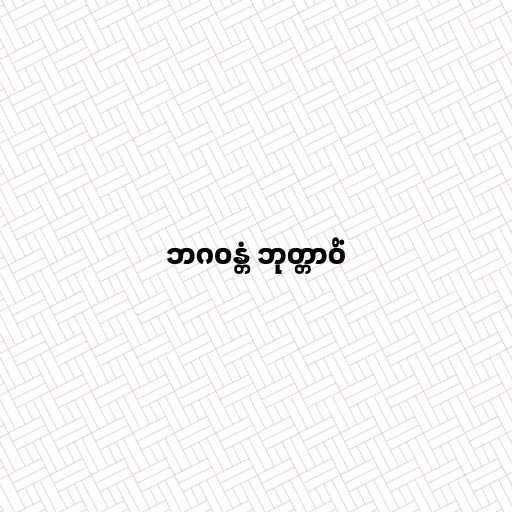
ဘဂဝန္တံ ဘုတ္တာဝိံ